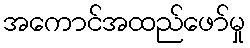
အကောင်အထည်ဖော်မှု